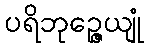
ပရိဘုဉ္ဇေယျုံ